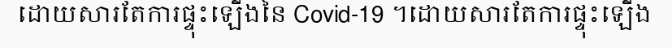
ដោយសារតែការផ្ទុះឡើងនៃ Covid-19 ។ដោយសារតែការផ្ទុះឡើង